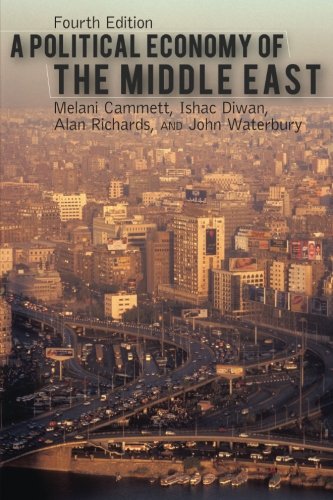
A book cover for A Political Economy of the Middle East; Melani Cammett; Business & Money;